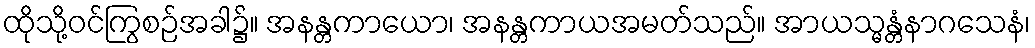
ထိုသို့ဝင်ကြွစဉ်အခါ၌။ အနန္တကာယော၊ အနန္တကာယအမတ်သည်။ အာယသ္မန္တံနာဂသေနံ၊